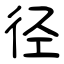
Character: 径